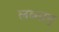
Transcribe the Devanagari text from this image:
लब्नान्